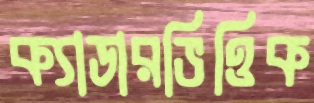
ক্যাডারভিত্তিক